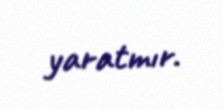
yaratmır.